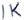
Text: 1K